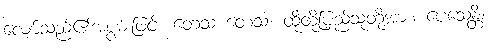
လျော်သည်၏အစွမ်းဖြင့်။ တေသံ တေသံ၊ ထိုထိုပြည်သူတို့အား။ ပေသေန္တိ၊